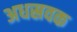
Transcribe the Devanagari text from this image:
अधस्रवक